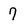
Character: 7